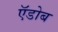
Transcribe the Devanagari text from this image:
ऍडोब